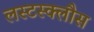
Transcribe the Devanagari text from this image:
लस्टस्क्लौस